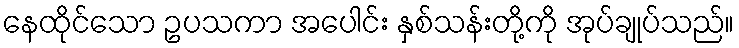
နေထိုင်သော ဥပသကာ အပေါင်း နှစ်သန်းတို့ကို အုပ်ချုပ်သည်။